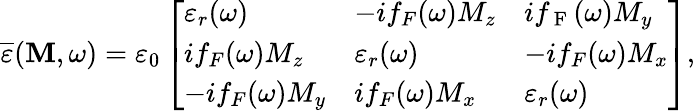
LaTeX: \overline{{\varepsilon}}(\mathbf{M},\omega)=\varepsilon_{0}\left[\begin{array}{lll}{\varepsilon_{r}(\omega)}&{-if_{{F}}(\omega)M_{z}}&{if_{\mathrm{~F~}}(\omega)M_{y}}\\ {if_{{F}}(\omega)M_{z}}&{\varepsilon_{r}(\omega)}&{-if_{{F}}(\omega)M_{x}}\\ {-if_{{F}}(\omega)M_{y}}&{if_{{F}}(\omega)M_{x}}&{\varepsilon_{r}(\omega)}\end{array}\right],